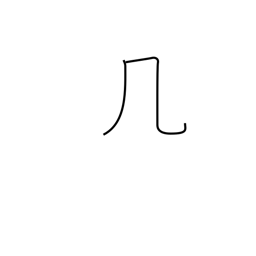
Meaning: table or windy radical (no. 16)